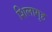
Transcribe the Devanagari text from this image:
शिलागृह